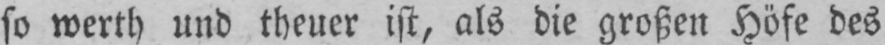
so werth und theuer ist, als die großen Höfe des